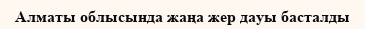
Алматы облысында жаңа жер дауы басталды